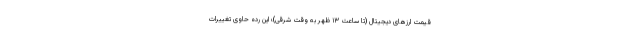
قیمت ارزهای دیجیتال (تا ساعت ۱۳ ظهر به وقت شرقی)؛ این رده حاوی تغییرات